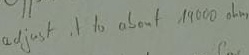
Text: Adjust it to about 19000Ω